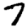
Digit: 7